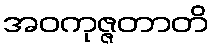
အဝကုဇ္ဇတာတိ